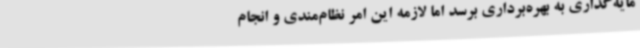
مایه‌گذاری به بهره‌برداری برسد اما لازمه این امر نظام‌مندی و انجام